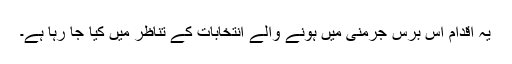
یہ اقدام اس برس جرمنی میں ہونے والے انتخابات کے تناظر میں کیا جا رہا ہے۔